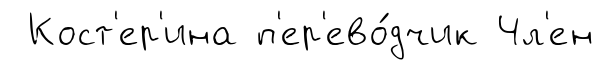
Кост'ер'ина п'ер'ево́дчик Чл'ен